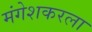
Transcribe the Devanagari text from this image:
मंगेशकरला